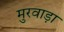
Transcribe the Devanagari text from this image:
मुरवाड़ा